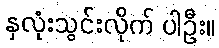
နှလုံးသွင်းလိုက် ပါဦး။